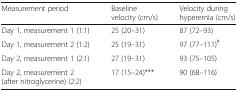
<table><thead><tr><td><b>Measurement period</b></td><td><b>Baseline velocity (cm/s)</b></td><td><b>Velocity during hyperemia (cm/s)</b></td></tr></thead><tbody><tr><td>Day 1, measurement 1 (1:1)</td><td>25 (20–31)</td><td>87 (72–93)</td></tr><tr><td>Day 1, measurement 2 (1:2)</td><td>25 (19–31)</td><td>97 (77–111)<sup>#</sup></td></tr><tr><td>Day 2, measurement 1 (2:1)</td><td>27 (19–31)</td><td>93 (75–105)</td></tr><tr><td>Day 2, measurement 2(after nitroglycerine) (2:2)</td><td>17 (15–24)***</td><td>90 (68–116)</td></tr></tbody></table>